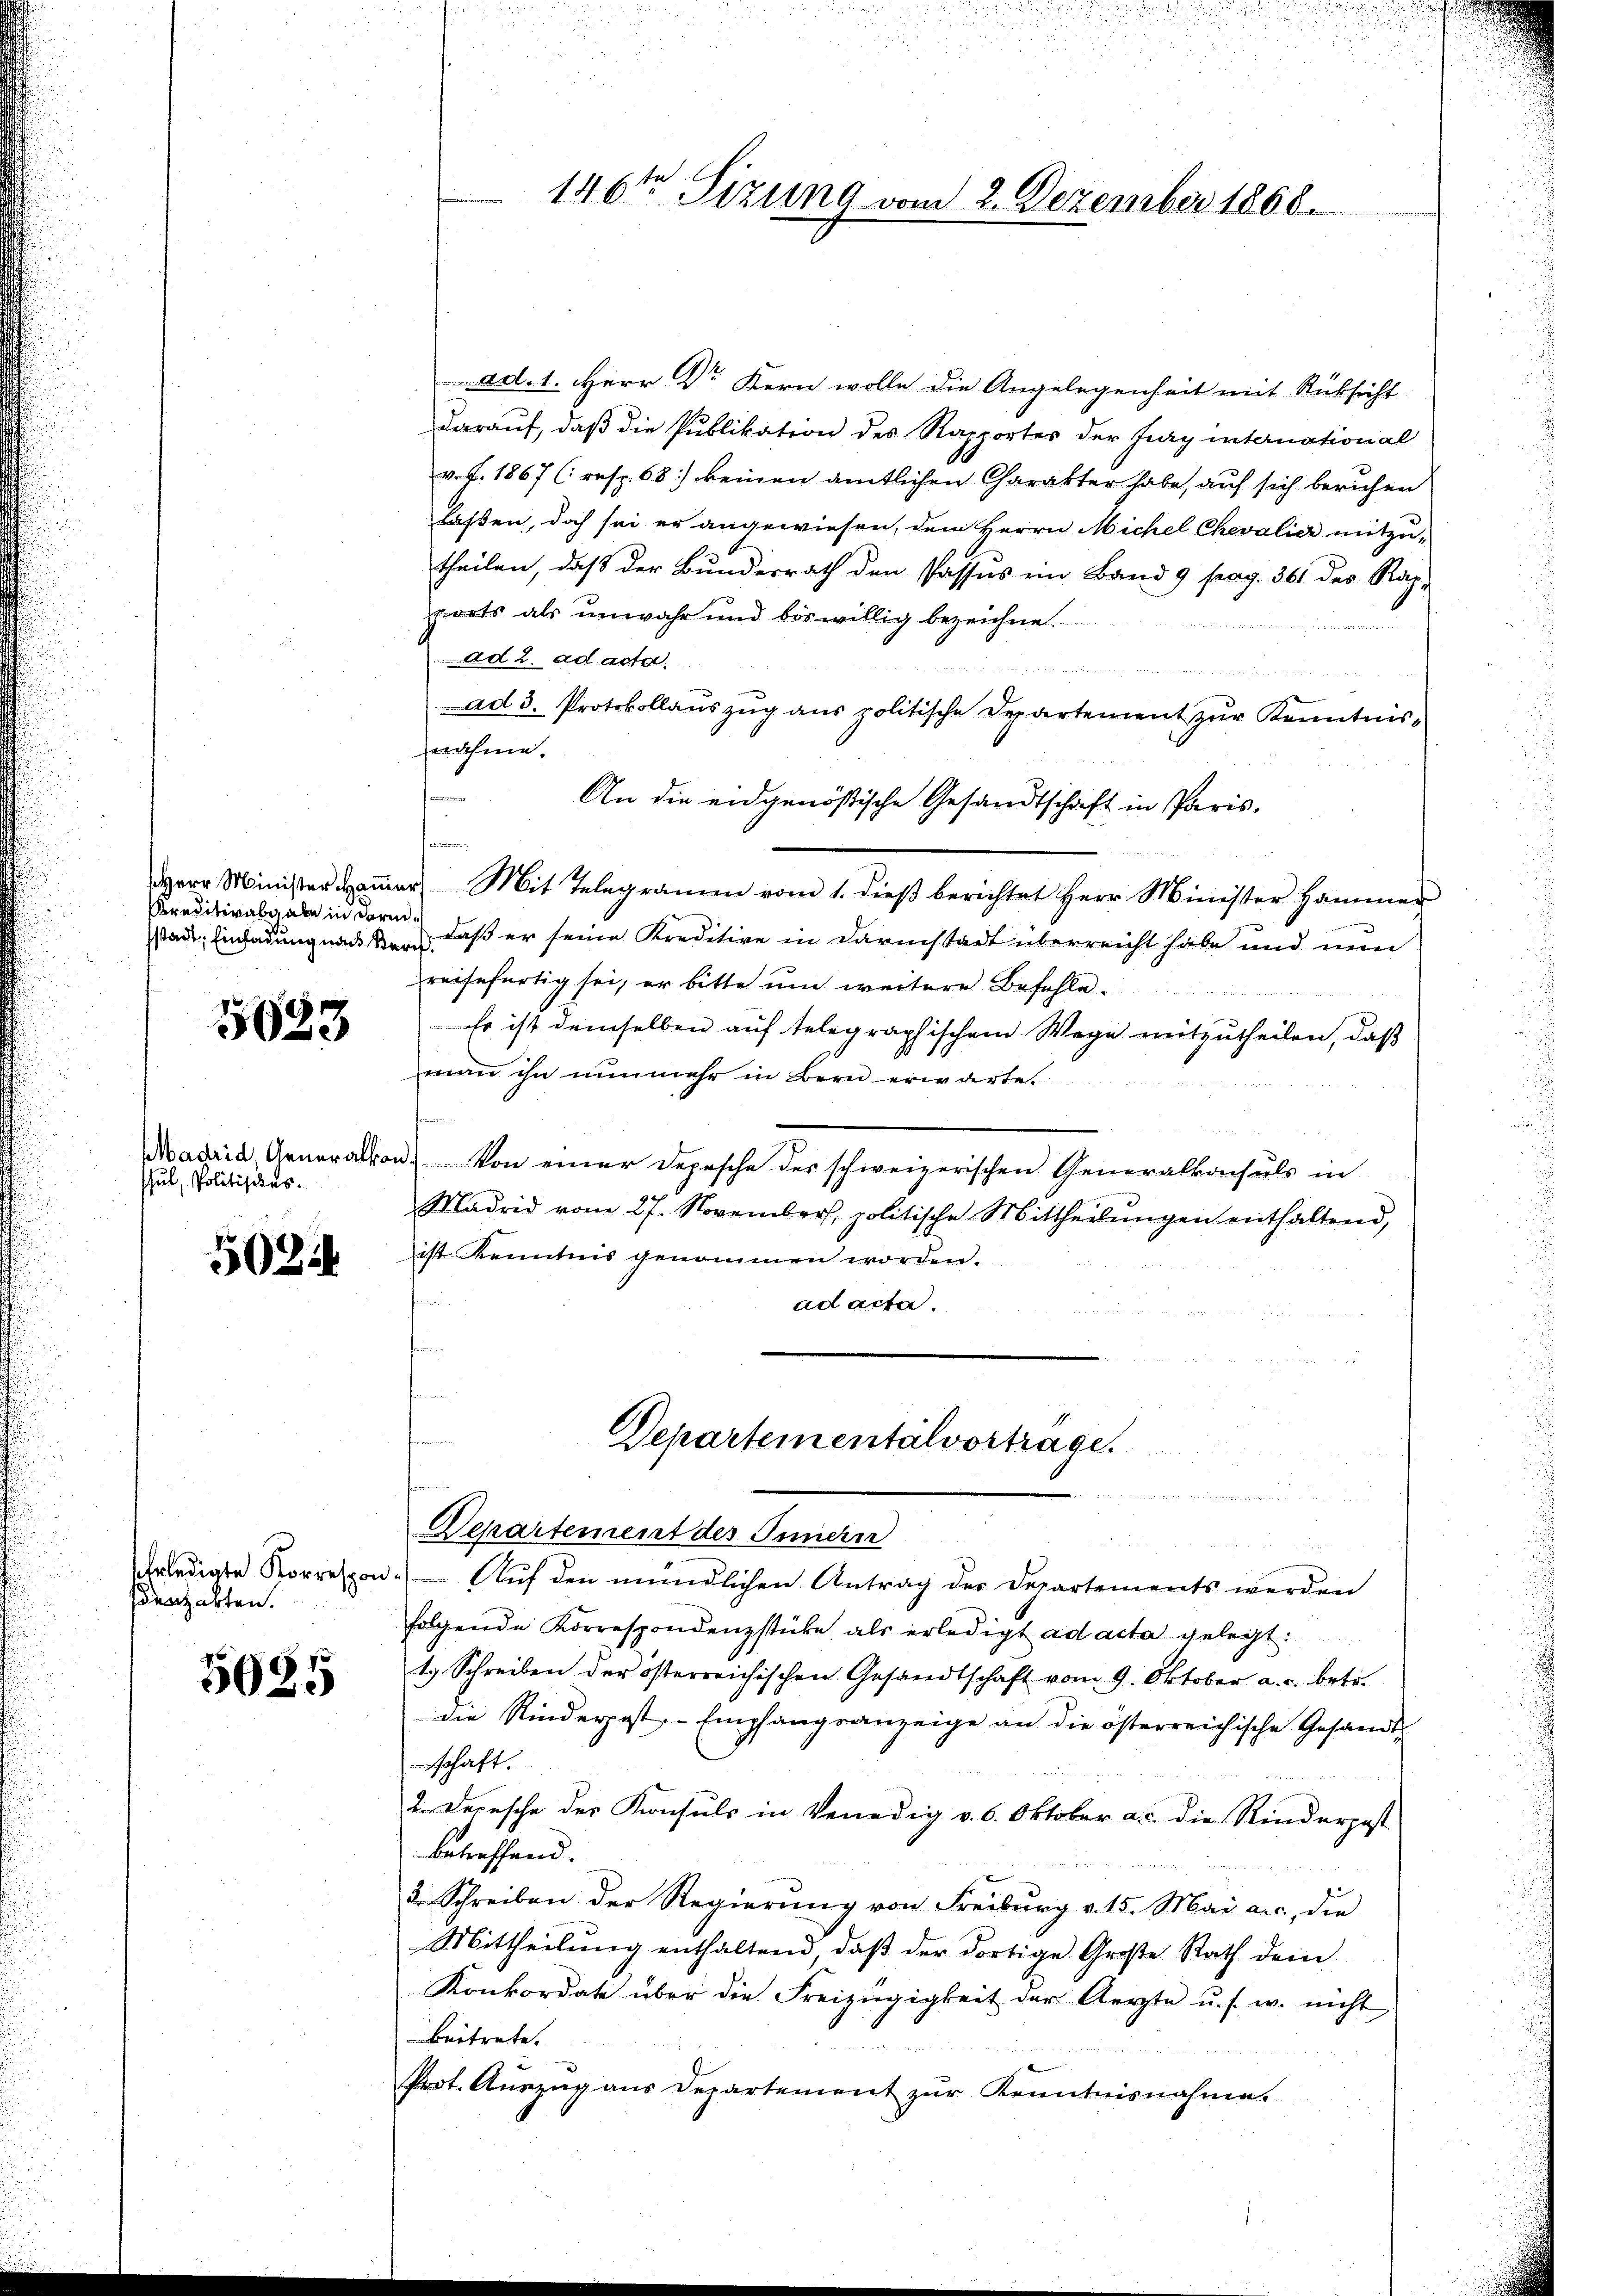
Kreditivabgabe in darin¬

1623

scul, Politisches.

50244

enzarten.

5025

ad. 1. Herr Dr Kern wolle die Angelegenheit mit Rüksicht
darauf, daß die Publikation des Rapportes der Jury international
v. f. 1867 (resp. 68) keinen amtlichen Charakter habe, auf sich beruhen
laßen, doch sei er angewiesen, dem Herrn Michel Chevalier mitzutheilen, daß der Bundesrath den Passus im Band 9 pag. 361 des Rach-
ports als unwahr und böswillig bezeichne.
Ad 2. ad acta

ad 3. Protokollaŭszŭg ans politische Departement zŭr Kenntnisnnahme.
u
An die eidgenößische Gesandtschaft in Paris,
Herr Minister amer Mit Telegramm vom 1. dieβ berichtet Herr Minister Hammer
sstadt, Einladung nacken, daß er seine Kreditive in darinstadt überreicht habe und nun
reisefertig sei, er bitte um weitere Befehle.
Es ist demselben auf telegraphischem Wege mitzutheilen, daß
man ihn nunmehr in Bern erwarte.

Madrid, Generalkon. Von einer Depesche des schweizerischen Generalkonsuls in
Madrid vom 27. November, politische Mittheilŭngen enthaltend,
ist Kenntnis genommen worden.
sammen
ad acta.
t

146ten Sizung vom 2. Dezember 1868.

Departementalvortrage.

n
Departement des Innern
u

rledigte Korrespon. Aŭf den mündlichen Antrag der Departements werden
folgende Korrespondenzstücke als erledigt ad acta gelegt.
t. Schreiben der österreichischen Gesandtschaft vom 9. Oktober a. c. betr.
die Rinderpost. - Empfangsanzeige an die österreichische Gesandt
schaft.
2. Depesche der Konsuls in Venedig v. 6. Oktober a. c. die Rinderpost
betreffend.
2. Schreiben der Regierung von Freiburg v. 15. Mai a.c., die
Mittheilŭng enthaltend, daβ der dortige Große Rath dem
Konkordate über die Freizügigkeit der Aerzte u. s. w. nicht
Beitrete.
Prot. Auszug aus Departement zur Kenntnisnahme.